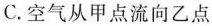
C.空气从甲点流向乙点